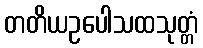
တတိယဥပေါသထသုတ္တံ